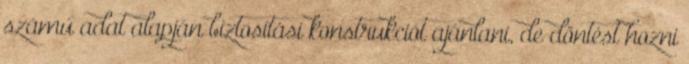
számú adat alapján biztosítási konstrukciót ajánlani, de döntést hozni